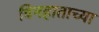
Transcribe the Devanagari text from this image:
बिनहाताच्या